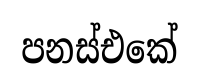
පනස්එකේ